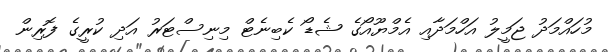
މުހައްމަދު ޖަމީލު އަހްމަދާއި އެމްޔޫއޯގެ ޝެޑޯ ކެބިނެޓް މިނިސްޓަރު އަދި ކުރީގެ ފޮރިން